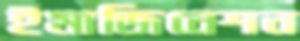
ইমাজিনেশন